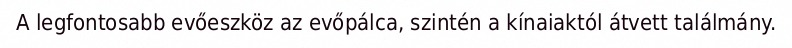
A legfontosabb evőeszköz az evőpálca, szintén a kínaiaktól átvett találmány.